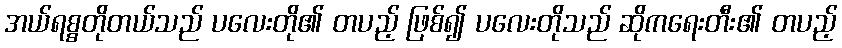
အယ်ရစ္စတိုတယ်သည် ပလေးတို၏ တပည့် ဖြစ်၍ ပလေးတိုသည် ဆိုကရေးတီး၏ တပည့်